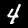
Label: 4